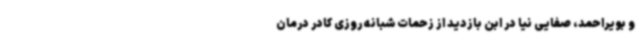
و بویراحمد، صفایی نیا در ابن بازدید از زحمات شبانه روزی کادر درمان